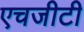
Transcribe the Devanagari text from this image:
एचजीटी